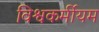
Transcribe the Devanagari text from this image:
विश्वकर्मीयम